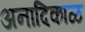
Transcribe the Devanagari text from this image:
अनादिकाळ